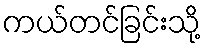
ကယ်တင်ခြင်းသို့